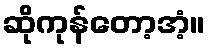
ဆိုကုန်တော့အံ့။